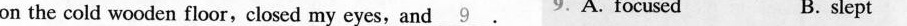
on the cold wooden floor,closed my eyes,and\underline{9}. 9.A. Focused B. slept